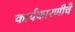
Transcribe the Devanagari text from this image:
कार्यकारणीचे